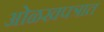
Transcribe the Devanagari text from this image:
ओळखपत्रात